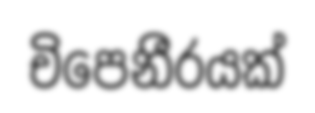
චිපෙනීරයක්